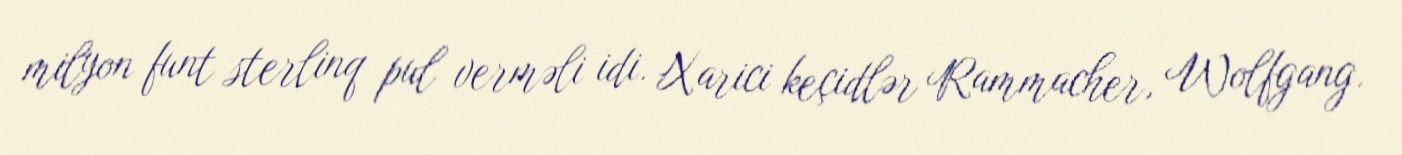
milyon funt sterlinq pul verməli idi. Xarici keçidlər Rammacher, Wolfgang.